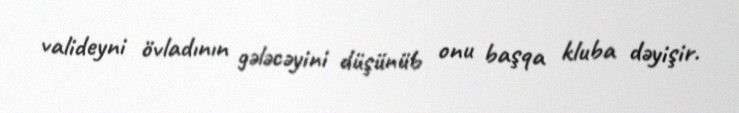
valideyni övladının gələcəyini düşünüb onu başqa kluba dəyişir.